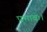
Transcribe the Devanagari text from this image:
प्रभावः।